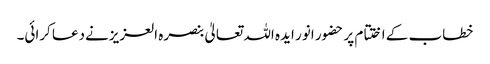
خطاب کے اختتام پر حضور انور ایدہ اللہ تعالیٰ بنصرہ العزیزنےدعا کرائی۔